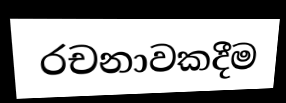
රචනාවකදීම